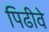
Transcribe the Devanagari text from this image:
पिढीवे